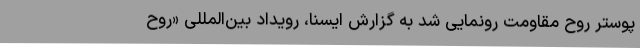
پوستر روح مقاومت رونمایی شد به گزارش ایسنا، رویداد بین‌المللی «روح